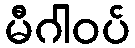
မီဂါဝပ်